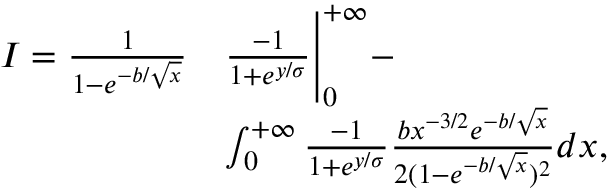
\begin{array} { r l } { I = \frac { 1 } { 1 - e ^ { - b / \sqrt { x } } } } & { \frac { - 1 } { 1 + e ^ { y / \sigma } } \Bigg | _ { 0 } ^ { + \infty } - } \\ & { \int _ { 0 } ^ { + \infty } \frac { - 1 } { 1 + e ^ { y / \sigma } } \frac { b x ^ { - 3 / 2 } e ^ { - b / \sqrt { x } } } { 2 ( 1 - e ^ { - b / \sqrt { x } } ) ^ { 2 } } d x , } \end{array}